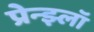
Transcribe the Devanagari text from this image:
प्रेन्झ्लॉ